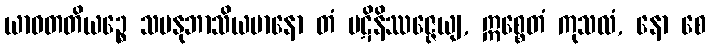
ယာဝတတိယဉ္စေ သမနုဘာသိယမာနော တံ ပဋိနိဿဇ္ဇေယျ, ဣစ္စေတံ ကုသလံ, နော စေ